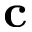
\bf c